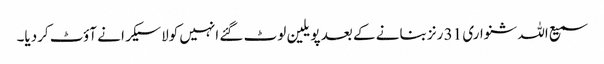
سمیع اللہ شنواری 31 رنز بنانے کے بعد پویلین لوٹ گئے انہیں کولاسیکرا نے آؤٹ کردیا۔